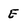
Character: E